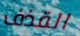
القذف